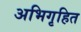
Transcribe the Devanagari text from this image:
अभिगृहित